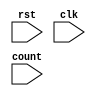
//
// LED Suit FPGA Implementation - Multi-output addressable LED driver HDL
// implementation for Kevin's LED suit controller.
// Copyright (C) 2019-2020 Kevin Balke
//
// This file is part of LED Suit FPGA Implementation.
//
// LED Suit FPGA Implementation is free software: you can redistribute it and/or
// modify
// it under the terms of the GNU General Public License as published by
// the Free Software Foundation, either version 3 of the License, or
// (at your option) any later version.
//
// LED Suit FPGA Implementation is distributed in the hope that it will be useful,
// but WITHOUT ANY WARRANTY; without even the implied warranty of
// MERCHANTABILITY or FITNESS FOR A PARTICULAR PURPOSE.  See the
// GNU General Public License for more details.
//
// You should have received a copy of the GNU General Public License
// along with LED Suit FPGA Implementation.  If not, see
// <http://www.gnu.org/licenses/>.
//

module OneHotCounter(
    input rst,
    input clk,
    input count
);

parameter WIDTH = 5;

reg[WIDTH-1:0] counter;

always @(posedge clk) begin
    if (rst) begin
        counter <= 1;
    end else begin
        if (count) begin
            counter <= {counter[WIDTH-2:0], counter[WIDTH-1]};
        end
    end
end

endmodule